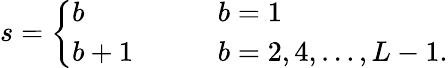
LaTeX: s=\left\{ \begin{array}{ll}{{b}}&{{\qquad b=1}}\\ {{b+1}}&{{\qquad b=2,4,\ldots,L-1.}}\end{array}\right.